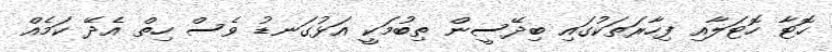
ހޮޓާ ހޮޓަލާއި ފިހާރަތަކުގައި ބިދޭސީން ތިބުމަކީ އަޅުގަނޑު ވެސް ހިތް އެދޭ ކަމެއް